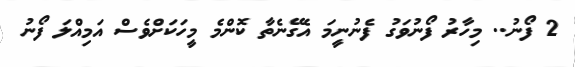
2 ފޯނު.. މިހާރު ފޯނުވަގު ފެނުނީމަ އެގޭނެތާ ކޮންމެ މީހަކަށްވެސް އަމިއްލަ ފޯނު